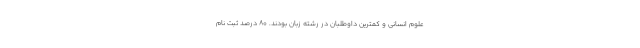
علوم انسانی و کمترین داوطلبان در رشته زبان بودند. ۸۰ درصد ثبت نام